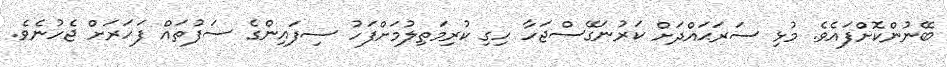
ބޭނުންކޮށްފައެވެ. މުޅި ސަރަޙައްދަށް ކަރުނަގޭސްޖަހާ ހިގި ކުރިމަތިލުމަށްފަހު ސިފައިންގެ ސަފުތައް ފަހަރަށް ޖެހުނެވެ.